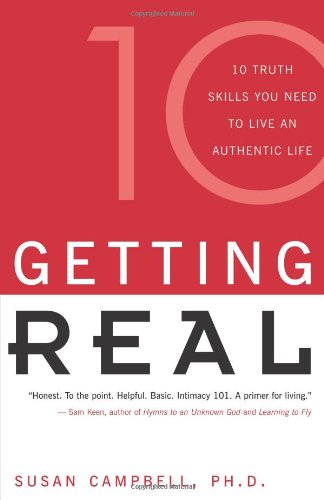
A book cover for Getting Real: Ten Truth Skills You Need to Live an Authentic Life; Ph.D. Susan Campbell; Health, Fitness & Dieting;